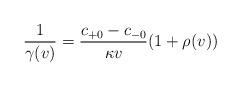
LaTeX: \begin{align*} \frac{1}{\gamma(v)}=\frac{c_{+0}-c_{-0}}{\kappa v}(1+\rho(v))\end{align*}